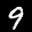
Label: 9